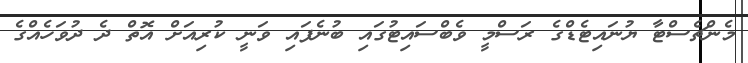
މެންޗެސްޓާ ޔުނައިޓެޑްގެ ރަސްމީ ވެބްސައިޓުގައި ބުނެފައި ވަނީ ކުރިއަށް އޮތް ދެ ދުވަހެއްގެ